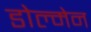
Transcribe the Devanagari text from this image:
डोल्मेन